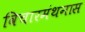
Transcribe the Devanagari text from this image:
विचारमंथनास